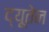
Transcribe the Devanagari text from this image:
द्यूतेन